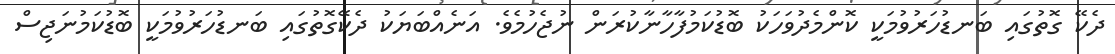
ދެކޭ ގޮތުގައި ބަނޑުހަރުވުމަކީ ކޮންމެދުވަހަކު ބޮޑުކަމުފާހާނާކުރަން ނުޖެހުމެވެ. އަނެއްބަޔަކު ދެކޭގޮތުގައި ބަނޑުހަރުވުމަކީ ބޮޑުކަމުނަޖިސް